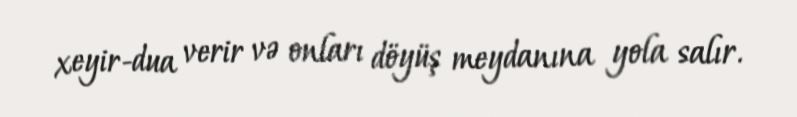
xeyir-dua verir və onları döyüş meydanına yola salır.